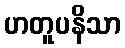
ဟတူပနိသာ